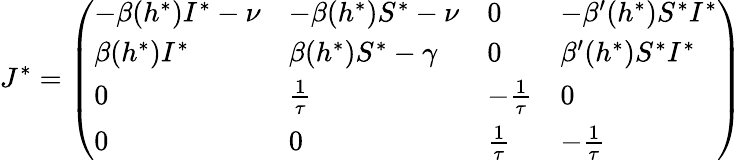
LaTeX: J^{*}=\left(\begin{array}{llll}{-\beta(h^{*})I^{*}-\nu}&{-\beta(h^{*})S^{*}-\nu}&{0}&{-\beta^{\prime}(h^{*})S^{*}I^{*}}\\ {\beta(h^{*})I^{*}}&{\beta(h^{*})S^{*}-\gamma}&{0}&{\beta^{\prime}(h^{*})S^{*}I^{*}}\\ {0}&{\frac{1}{\tau}}&{-\frac{1}{\tau}}&{0}\\ {0}&{0}&{\frac{1}{\tau}}&{-\frac{1}{\tau}}\end{array}\right)